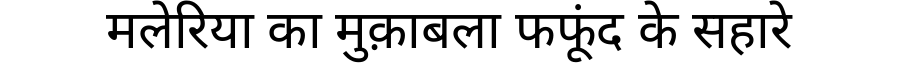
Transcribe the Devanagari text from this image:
मलेरिया का मुक़ाबला फफूंद के सहारे